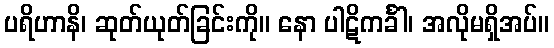
ပရိဟာနိ၊ ဆုတ်ယုတ်ခြင်းကို။ နော ပါဋိကင်္ခါ၊ အလိုမရှိအပ်။